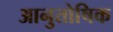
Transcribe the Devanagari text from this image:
आनुतोषिक